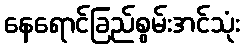
နေရောင်ခြည်စွမ်းအင်သုံး